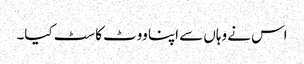
اس نے وہاں سے اپنا ووٹ کاسٹ کیا۔